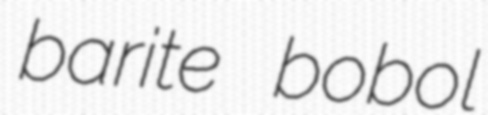
barite bobol